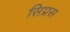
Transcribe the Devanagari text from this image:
सिप्रस